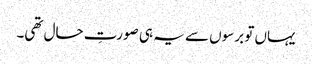
یہاں تو برسوں سے یہ ہی صورتِ حال تھی۔